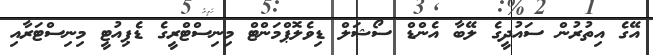
އޭގެ އިތުރުން ސައުދީގެ ލޭބާ އެންޑް ސޯޝަލް ޑިވެލޮޕްމަންޓް މިނިސްޓްރީގެ ޑެޕިއުޓީ މިނިސްޓަރާއި